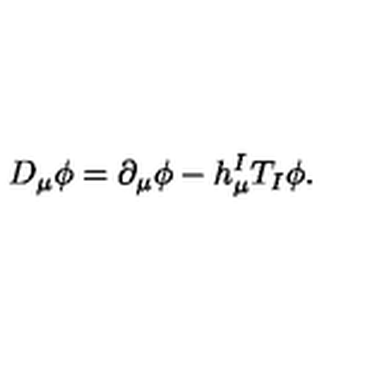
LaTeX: D _ { \mu } \phi = \partial _ { \mu } \phi - h _ { \mu } ^ { I } T _ { I } \phi .